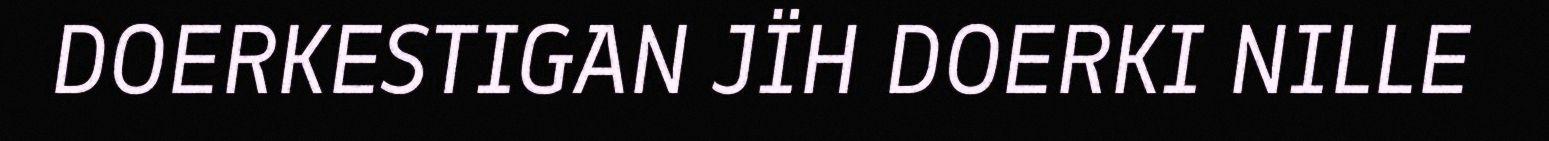
DOERKESTIGAN JÏH DOERKI NILLE